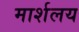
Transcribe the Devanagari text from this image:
मार्शलय